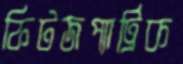
ফিটজপ্যাট্রিক